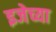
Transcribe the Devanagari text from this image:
इजेच्या